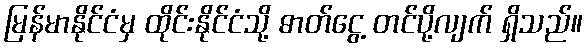
မြန်မာနိုင်ငံမှ ထိုင်းနိုင်ငံသို့ ဓာတ်ငွေ့ တင်ပို့လျက် ရှိသည်။